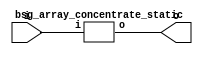


module top
(
  i,
  o
);

  input [511:0] i;
  output [255:0] o;

  bsg_array_concentrate_static
  wrapper
  (
    .i(i),
    .o(o)
  );


endmodule



module bsg_array_concentrate_static
(
  i,
  o
);

  input [511:0] i;
  output [255:0] o;
  wire [255:0] o;
  assign o[255] = i[255];
  assign o[254] = i[254];
  assign o[253] = i[253];
  assign o[252] = i[252];
  assign o[251] = i[251];
  assign o[250] = i[250];
  assign o[249] = i[249];
  assign o[248] = i[248];
  assign o[247] = i[247];
  assign o[246] = i[246];
  assign o[245] = i[245];
  assign o[244] = i[244];
  assign o[243] = i[243];
  assign o[242] = i[242];
  assign o[241] = i[241];
  assign o[240] = i[240];
  assign o[239] = i[239];
  assign o[238] = i[238];
  assign o[237] = i[237];
  assign o[236] = i[236];
  assign o[235] = i[235];
  assign o[234] = i[234];
  assign o[233] = i[233];
  assign o[232] = i[232];
  assign o[231] = i[231];
  assign o[230] = i[230];
  assign o[229] = i[229];
  assign o[228] = i[228];
  assign o[227] = i[227];
  assign o[226] = i[226];
  assign o[225] = i[225];
  assign o[224] = i[224];
  assign o[223] = i[223];
  assign o[222] = i[222];
  assign o[221] = i[221];
  assign o[220] = i[220];
  assign o[219] = i[219];
  assign o[218] = i[218];
  assign o[217] = i[217];
  assign o[216] = i[216];
  assign o[215] = i[215];
  assign o[214] = i[214];
  assign o[213] = i[213];
  assign o[212] = i[212];
  assign o[211] = i[211];
  assign o[210] = i[210];
  assign o[209] = i[209];
  assign o[208] = i[208];
  assign o[207] = i[207];
  assign o[206] = i[206];
  assign o[205] = i[205];
  assign o[204] = i[204];
  assign o[203] = i[203];
  assign o[202] = i[202];
  assign o[201] = i[201];
  assign o[200] = i[200];
  assign o[199] = i[199];
  assign o[198] = i[198];
  assign o[197] = i[197];
  assign o[196] = i[196];
  assign o[195] = i[195];
  assign o[194] = i[194];
  assign o[193] = i[193];
  assign o[192] = i[192];
  assign o[191] = i[191];
  assign o[190] = i[190];
  assign o[189] = i[189];
  assign o[188] = i[188];
  assign o[187] = i[187];
  assign o[186] = i[186];
  assign o[185] = i[185];
  assign o[184] = i[184];
  assign o[183] = i[183];
  assign o[182] = i[182];
  assign o[181] = i[181];
  assign o[180] = i[180];
  assign o[179] = i[179];
  assign o[178] = i[178];
  assign o[177] = i[177];
  assign o[176] = i[176];
  assign o[175] = i[175];
  assign o[174] = i[174];
  assign o[173] = i[173];
  assign o[172] = i[172];
  assign o[171] = i[171];
  assign o[170] = i[170];
  assign o[169] = i[169];
  assign o[168] = i[168];
  assign o[167] = i[167];
  assign o[166] = i[166];
  assign o[165] = i[165];
  assign o[164] = i[164];
  assign o[163] = i[163];
  assign o[162] = i[162];
  assign o[161] = i[161];
  assign o[160] = i[160];
  assign o[159] = i[159];
  assign o[158] = i[158];
  assign o[157] = i[157];
  assign o[156] = i[156];
  assign o[155] = i[155];
  assign o[154] = i[154];
  assign o[153] = i[153];
  assign o[152] = i[152];
  assign o[151] = i[151];
  assign o[150] = i[150];
  assign o[149] = i[149];
  assign o[148] = i[148];
  assign o[147] = i[147];
  assign o[146] = i[146];
  assign o[145] = i[145];
  assign o[144] = i[144];
  assign o[143] = i[143];
  assign o[142] = i[142];
  assign o[141] = i[141];
  assign o[140] = i[140];
  assign o[139] = i[139];
  assign o[138] = i[138];
  assign o[137] = i[137];
  assign o[136] = i[136];
  assign o[135] = i[135];
  assign o[134] = i[134];
  assign o[133] = i[133];
  assign o[132] = i[132];
  assign o[131] = i[131];
  assign o[130] = i[130];
  assign o[129] = i[129];
  assign o[128] = i[128];
  assign o[127] = i[127];
  assign o[126] = i[126];
  assign o[125] = i[125];
  assign o[124] = i[124];
  assign o[123] = i[123];
  assign o[122] = i[122];
  assign o[121] = i[121];
  assign o[120] = i[120];
  assign o[119] = i[119];
  assign o[118] = i[118];
  assign o[117] = i[117];
  assign o[116] = i[116];
  assign o[115] = i[115];
  assign o[114] = i[114];
  assign o[113] = i[113];
  assign o[112] = i[112];
  assign o[111] = i[111];
  assign o[110] = i[110];
  assign o[109] = i[109];
  assign o[108] = i[108];
  assign o[107] = i[107];
  assign o[106] = i[106];
  assign o[105] = i[105];
  assign o[104] = i[104];
  assign o[103] = i[103];
  assign o[102] = i[102];
  assign o[101] = i[101];
  assign o[100] = i[100];
  assign o[99] = i[99];
  assign o[98] = i[98];
  assign o[97] = i[97];
  assign o[96] = i[96];
  assign o[95] = i[95];
  assign o[94] = i[94];
  assign o[93] = i[93];
  assign o[92] = i[92];
  assign o[91] = i[91];
  assign o[90] = i[90];
  assign o[89] = i[89];
  assign o[88] = i[88];
  assign o[87] = i[87];
  assign o[86] = i[86];
  assign o[85] = i[85];
  assign o[84] = i[84];
  assign o[83] = i[83];
  assign o[82] = i[82];
  assign o[81] = i[81];
  assign o[80] = i[80];
  assign o[79] = i[79];
  assign o[78] = i[78];
  assign o[77] = i[77];
  assign o[76] = i[76];
  assign o[75] = i[75];
  assign o[74] = i[74];
  assign o[73] = i[73];
  assign o[72] = i[72];
  assign o[71] = i[71];
  assign o[70] = i[70];
  assign o[69] = i[69];
  assign o[68] = i[68];
  assign o[67] = i[67];
  assign o[66] = i[66];
  assign o[65] = i[65];
  assign o[64] = i[64];
  assign o[63] = i[63];
  assign o[62] = i[62];
  assign o[61] = i[61];
  assign o[60] = i[60];
  assign o[59] = i[59];
  assign o[58] = i[58];
  assign o[57] = i[57];
  assign o[56] = i[56];
  assign o[55] = i[55];
  assign o[54] = i[54];
  assign o[53] = i[53];
  assign o[52] = i[52];
  assign o[51] = i[51];
  assign o[50] = i[50];
  assign o[49] = i[49];
  assign o[48] = i[48];
  assign o[47] = i[47];
  assign o[46] = i[46];
  assign o[45] = i[45];
  assign o[44] = i[44];
  assign o[43] = i[43];
  assign o[42] = i[42];
  assign o[41] = i[41];
  assign o[40] = i[40];
  assign o[39] = i[39];
  assign o[38] = i[38];
  assign o[37] = i[37];
  assign o[36] = i[36];
  assign o[35] = i[35];
  assign o[34] = i[34];
  assign o[33] = i[33];
  assign o[32] = i[32];
  assign o[31] = i[31];
  assign o[30] = i[30];
  assign o[29] = i[29];
  assign o[28] = i[28];
  assign o[27] = i[27];
  assign o[26] = i[26];
  assign o[25] = i[25];
  assign o[24] = i[24];
  assign o[23] = i[23];
  assign o[22] = i[22];
  assign o[21] = i[21];
  assign o[20] = i[20];
  assign o[19] = i[19];
  assign o[18] = i[18];
  assign o[17] = i[17];
  assign o[16] = i[16];
  assign o[15] = i[15];
  assign o[14] = i[14];
  assign o[13] = i[13];
  assign o[12] = i[12];
  assign o[11] = i[11];
  assign o[10] = i[10];
  assign o[9] = i[9];
  assign o[8] = i[8];
  assign o[7] = i[7];
  assign o[6] = i[6];
  assign o[5] = i[5];
  assign o[4] = i[4];
  assign o[3] = i[3];
  assign o[2] = i[2];
  assign o[1] = i[1];
  assign o[0] = i[0];

endmodule